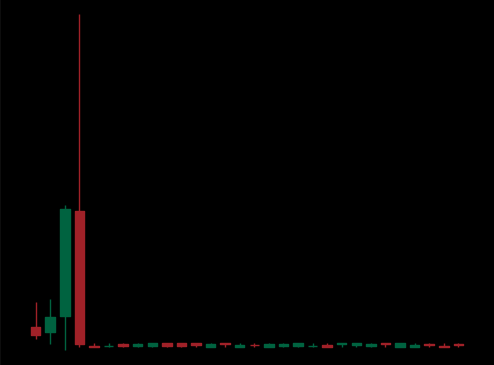
Pattern: unclassified